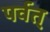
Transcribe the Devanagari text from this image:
पर्वत्